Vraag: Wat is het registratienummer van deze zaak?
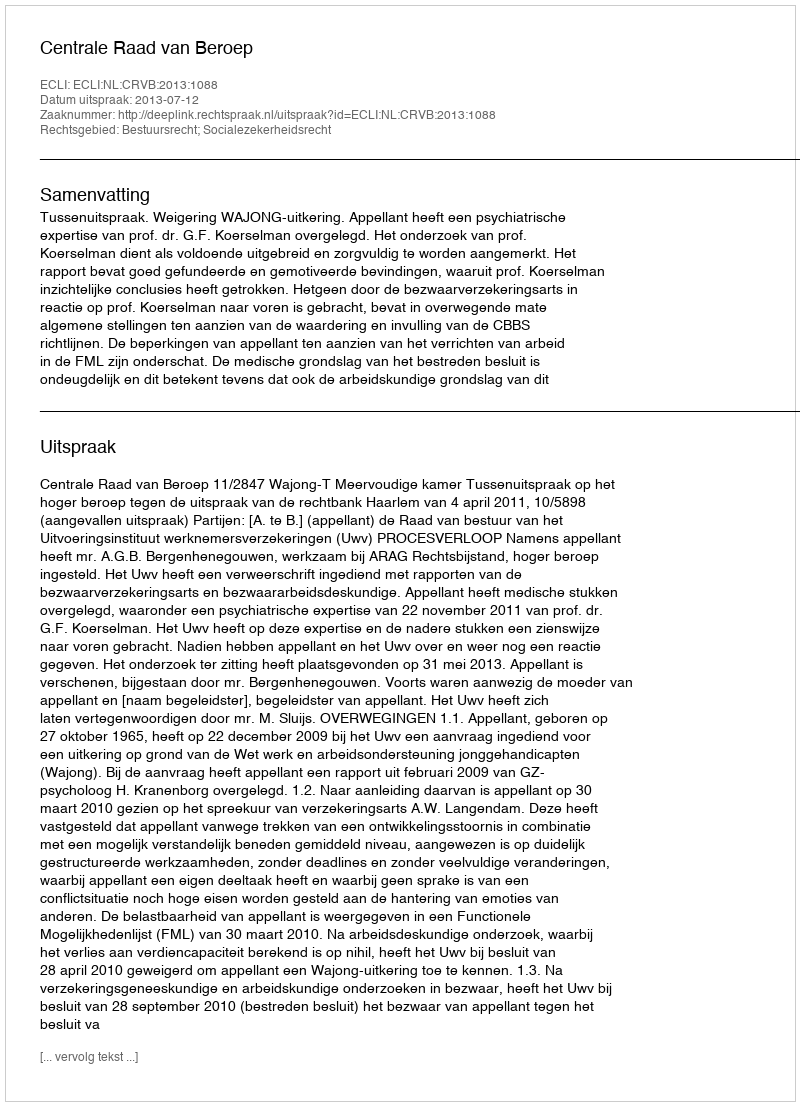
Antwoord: http://deeplink.rechtspraak.nl/uitspraak?id=ECLI:NL:CRVB:2013:1088